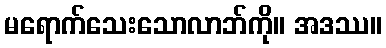
မရောက်သေးသောလာဘ်ကို။ အဒဿ။